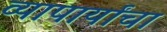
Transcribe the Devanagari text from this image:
व्यापार्यांचा